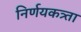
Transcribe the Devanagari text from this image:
निर्णयकत्र्ता